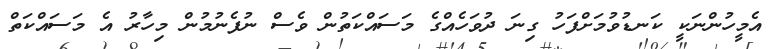
އެމީހުންނަކީ ކަނޑުވުމަށްފަހު ގިނަ ދުވަހެއްގެ މަސައްކަތުން ވެސް ނުފެނުމުން މިހާރު އެ މަސައްކަތް